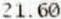
21.60